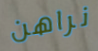
نراهن